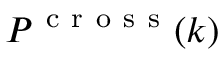
P ^ { \mathrm { ~ c ~ r ~ o ~ s ~ s ~ } } ( k )